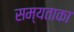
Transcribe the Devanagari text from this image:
सम्यताका